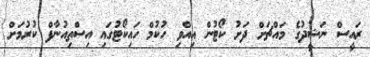
ރައީސް ނަޝީދުގެ މައްޗަށް ދަށު ކޯޓުން އިއްވި ހުކުމް ހައިކޯޓުގައި އިސްތިއުނާފް ކުރުމަށް